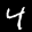
Label: 4